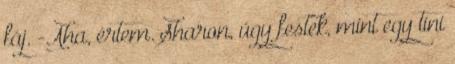
fáj. -Aha, értem. Sharon, úgy festek, mint egy tini